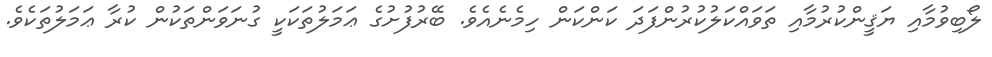
ލޯބިވުމާއި ޔަޤީންކުރުމާއި ތަވައްކަލުކުރުންފަދަ ކަންކަން ހިމެނެއެވެ. ބޭރުފުށުގެ ޢަމަލުތަކަކީ ގުނަވަންތަކުން ކުރާ ޢަމަލުތަކެވެ.